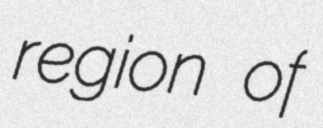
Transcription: region of